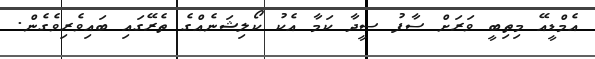
އެމްޑީއޭ މިތިބީ ވަރަށް ސާފު ސީދާ ކަމާ އެކު ކޯލިޝަނެއްގެ ތެރޭގައި ބައިވެރިވެގެން.